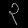
Digit: ၃